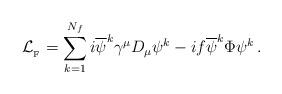
LaTeX: \begin{align*}{\cal L}_{_{{\rm F}}} = \sum_{k=1}^{N_{f}} i {\overline \psi}^{k}\gamma^{\mu}D_{\mu}\psi^{k}-if{\overline \psi}^{k}\Phi\psi^{k} \, .\end{align*}